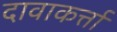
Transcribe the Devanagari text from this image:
दावाकर्त्ता